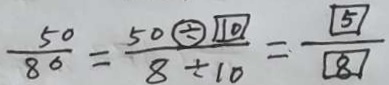
\frac { 5 0 } { 8 0 } = \frac { 5 0 \textcircled { \div } 1 0 } { 8 \div 1 0 } = \frac { \textcircled { 5 } } { \textcircled { 8 } }